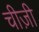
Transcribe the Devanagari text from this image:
चीज़ी